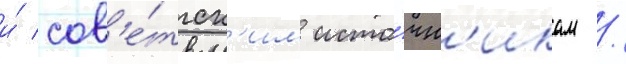
и́ сов'е́тск'им исто́чн'икам /